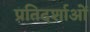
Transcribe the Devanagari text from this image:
प्रतिदर्शाओं